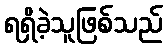
ရရှိခဲ့သူဖြစ်သည်